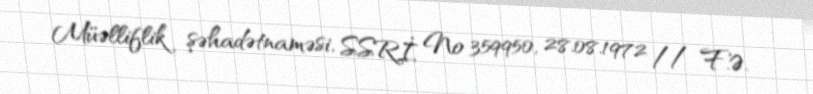
Müəlliflik şəhadətnaməsi, SSRİ, № 359950, 28.08.1972 // F.Ə.